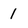
Character: 1